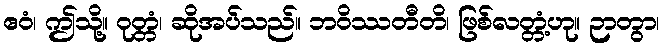
ဧဝံ၊ ဤသို့။ ဝုတ္တံ၊ ဆိုအပ်သည်။ ဘဝိဿတီတိ၊ ဖြစ်လတ္တံ့ဟု။ ဉာတွာ၊